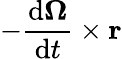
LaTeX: -{\frac{\mathrm{d}{\boldsymbol{\Omega}}}{\mathrm{d}t}}\times\mathbf{r}